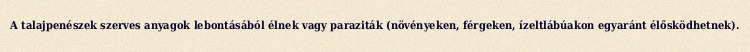
A talajpenészek szerves anyagok lebontásából élnek vagy paraziták (növényeken, férgeken, ízeltlábúakon egyaránt élősködhetnek).